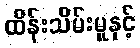
ထိန်းသိမ်းမှုနှင့်